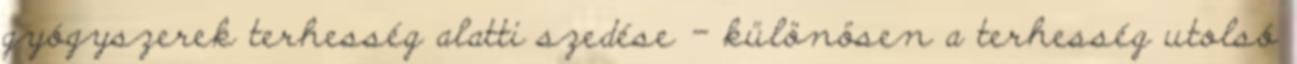
gyógyszerek terhesség alatti szedése - különösen a terhesség utolsó